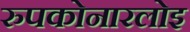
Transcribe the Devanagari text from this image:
रुपकोनारलोइ